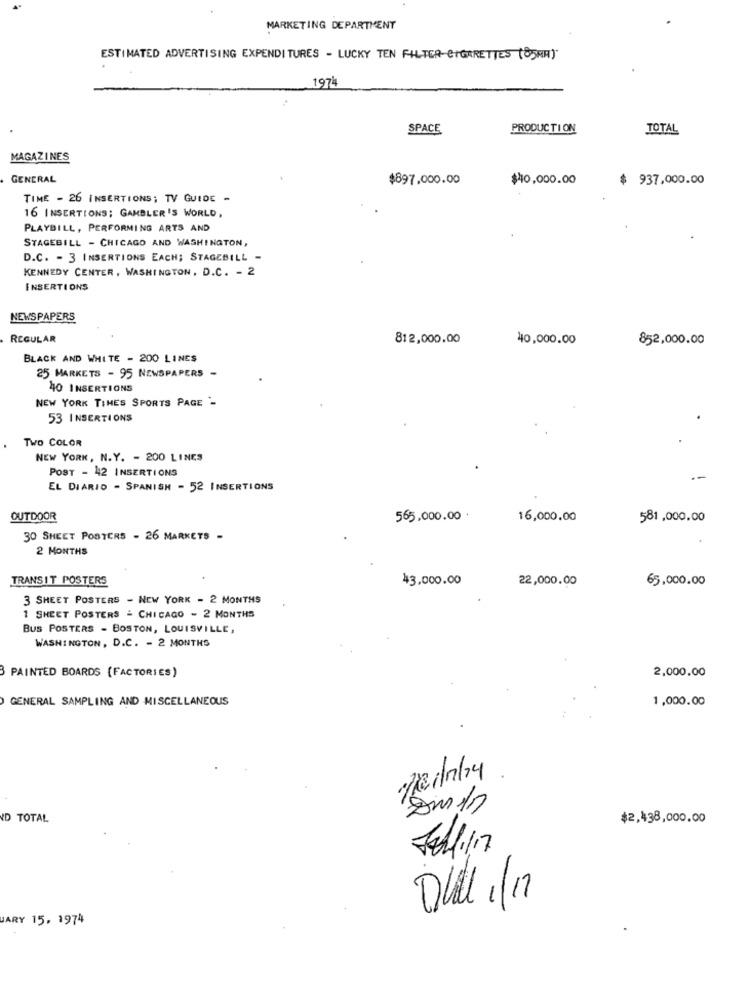
MARKETING DEPARTMENT
ESTIMATED ADVERTISING EXPENDITURES - LUCKY TEN FILTER CIGARETTES (85NA).
1974
SPACE
PRODUCTION
TOTAL
MAGAZINES
GENERAL
$897.000.00
$40,000.00
$ 937,000.00
TIME - 26 INSERTIONS; TV GUIDE -
16 INSERTIONS; GAMBLER 'S WORLD,
PLAYBILL, PERFORMING ARTS AND
STAGEBILL - CHICAGO AND WASHINGTON,
D.C. - 3 INSERTIONS EACH; STAGEBILL -
KENNEDY CENTER, WASHINGTON, D.C. - 2
INSERTIONS
NEWSPAPERS
REGULAR
812,000.00
40,000.00
852,000.00
BLACK AND WHITE - 200 LINES
25 MARKETS - 95 NEWSPAPERS -
40 INSERTIONS
NEW YORK TIMES SPORTS PAGE -
53 INSERTIONS
TWO COLOR
NEW YORK, N.Y. - 200 LINES
POST - 42 INSERTIONS
EL DIARIO - SPANISH - 52 INSERTIONS
OUTDOOR
565,000.00 .
16,000.00
581,000.00
30 SHEET POSTERS - 26 MARKETS -
2 MONTHS
TRANSIT POSTERS
43.000.00
22,000.00
65,000.00
3 SHEET POSTERS - NEW YORK - 2 MONTHS
1 SHEET POSTERS - CHICAGO - 2 MONTHS
BUS POSTERS - BOSTON, LOUISVILLE,
WASHINGTON, D.C. - 2 MONTHS
PAINTED BOARDS (FACTORIES)
2,000.00
GENERAL SAMPLING AND MISCELLANEOUS
1,000.00
ID TOTAL
$2,438,000.00
Dull 1/17
VARY 15. 1974